Sketch of the medical history of the native army of Bombay, for the year
Year: 1876
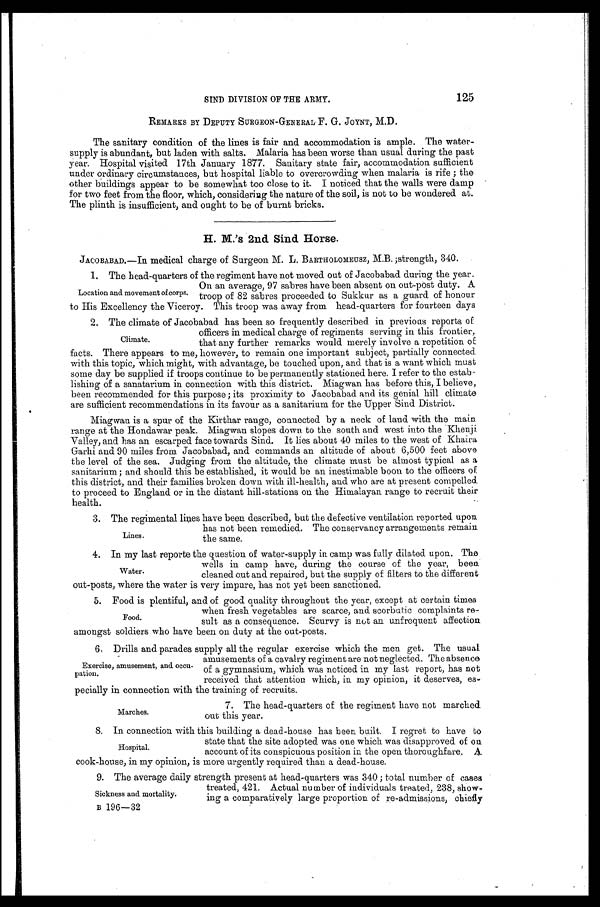
SIND DIVISION OF THE ARMY.
125
REMARKS BY DEPUTY SURGEON-GENERAL F. G. JOYNT, M.D.
The sanitary condition of the lines is fair and accommodation is ample. The water-
supply is abundant, but laden with salts. Malaria has been worse than usual during the past
year. Hospital visited 17th January 1877. Sanitary state fair, accommodation sufficient
under ordinary circumstances, but hospital liable to overcrowding when malaria is rife; the
other buildings appear to be somewhat too close to it. I noticed that the walls were damp
for two feet from the floor, which, considering the nature of the soil, is not to be wondered at.
The plinth is insufficient, and ought to be of burnt bricks.
H. M.'s 2nd Sind Horse.
JACOBABAD.—In medical charge of Surgeon M. L. BARTHOLOMEUSZ, .M.B. ;strength, 340
.
1. The head-quarters of the regiment have not moved out of Jacobabad during the year.
On an average, 97 sabres have been absent on out-post duty. A
Location and movement of corps. troop of 82 sabres proceeded to Sukkur as a guard of honour
to His Excellency the Viceroy. This troop was away from head-quarters for fourteen days
2. The climate of Jacobabad has been so frequently described in previous reports of
officers in medical charge of regiments serving in this frontier,
Climate, that any further remarks would merely involve a repetition of
facts. There appears to me, however, to remain one important subject, partially connected
with this topic, which might, with advantage, be touched upon, and that is a want which must
some day be supplied if troops continue to be permanently stationed here. I refer to the estab-
lishing of a sanatarium in connection with this district. Miagwan has before this, I believe,
been recommended for this purpose; its proximity to Jacobabad and its genial hill climate
are sufficient recommendations in its favour as a sanitarium for the Upper Sind District.
Miagwan is a spur of the Kirthar range, connected by a neck of land with the main.
range at the Hondawar peak. Miagwan slopes down to the south and west into the Khenji
Valley, and has an escarped face towards Sind. It lies about 40 miles to the west of Khaira
Garhi and 90 miles from Jacobabad, and commands an altitude of about 6,500 feet above
the level of the sea. Judging from the altitude, the climate must be almost typical as a
sanitarium; and should this be established, it would be an inestimable boon to the officers of
this district, and their families broken down with ill-health, and who are at present compelled
to proceed to England or in the distant hill-stations on the Himalayan range to recruit their
health.
3. The regimental lines have been described, but the defective ventilation reported upon
has not been remedied. The conservancy arrangements remain
Lines.
the same.
4. In my last reporte the question of water-supply in camp was fully dilated upon. The
wells in camp have, during the course of the year, been
Water.
cleaned out and repaired, but the supply of filters to the different
out-posts, where the water is very impure, has not yet been sanctioned.
5 . F o o d i s p l e n t i f u l , a n d o f g o o d q u a l i t y t h r o u g h o u t t h e y e a r , e x c e p t a t c e r t a i n t i m e s
when fresh vegetables are scarce, and scorbutic complaints re-
-sult as a consequence. Scurvy is not an unfrequent affection
amongst soldiers who have been on duty at the out-posts.
6. Drills and parades supply all the regular exercise which the men get. The usual
amusements of a cavalry regiment are not neglected. The absence
Exercise, amusement, and occu- of a gymnasium, which was noticed in my last report, has not
pation,
received that attention which, in my opinion, it deserves, es
-pecially in connection with the training of recruits.
7. The head-quarters of the regiment have not marched
Marches.
out this year.
8. In connection with this building a dead-house has been built. I regret to have to
state that the site adopted was one which was disapproved of on
Hospital.
account of its conspicuous position in the open thoroughfare. A
cook-house, in my opinion, is more urgently required than a dead-house.
9. The average daily strength present at head-quarters was 340; total number of cases
treated, 421. Actual number of individuals treated, 238, show-
Sickness and mortality. ing a comparatively large proportion of re-admissions, chiefly
B 196-32